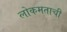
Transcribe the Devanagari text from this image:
लोकमताची